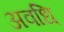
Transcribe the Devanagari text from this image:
अवधि्